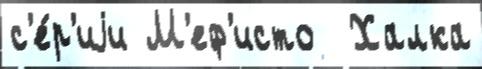
с'е́р'иjи М'еф'исто  Халка